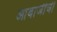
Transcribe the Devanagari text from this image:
आबाजीची